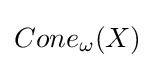
Cone_{\omega }(X)